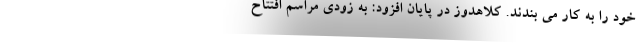
خود را به کار می بندند. کلاهدوز در پایان افزود: به زودی مراسم افتتاح